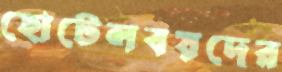
হোটেলবয়দের